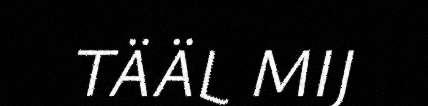
TÄÄL MIJ